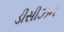
ડીસીઝન